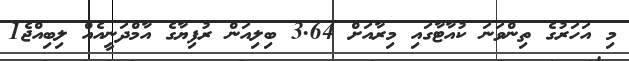
މި އަހަރުގެ ތިންވަނަ ކުއާޓާގައި މިރާއަށް 3.64 ބިލިއަން ރުފިޔާގެ އާމްދަނީއެއް ލިބިއްޖެ1